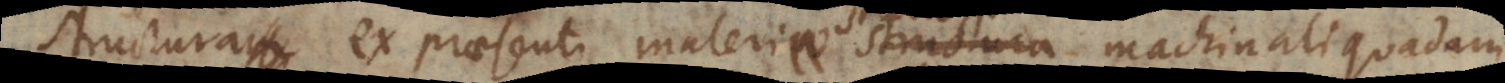
structura ex praesenti materiae statu machinali quadam